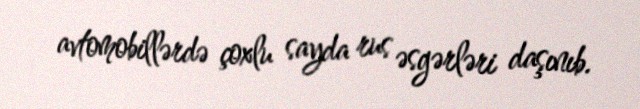
avtomobillərdə çoxlu sayda rus əsgərləri daşınıb.